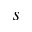
\boldsymbol { s }